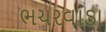
ભચરવાડા